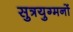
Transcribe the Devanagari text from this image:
सुत्रयुग्मनों